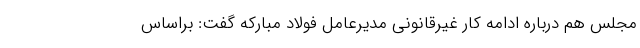
مجلس هم درباره ادامه کار غیرقانونی مدیرعامل فولاد مبارکه گفت: براساس